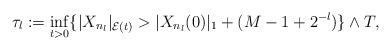
LaTeX: \begin{align*}\tau_l := \inf_{t > 0}\{ | X_{n_l} |_{\mathcal{E}(t)} > | X_{n_l}(0) |_1 + (M - 1 + 2^{-l}) \} \wedge T, \end{align*}